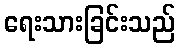
ရေးသားခြင်းသည်